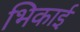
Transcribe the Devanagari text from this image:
भिकाई